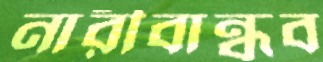
নারীবান্ধব